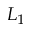
L _ { 1 }